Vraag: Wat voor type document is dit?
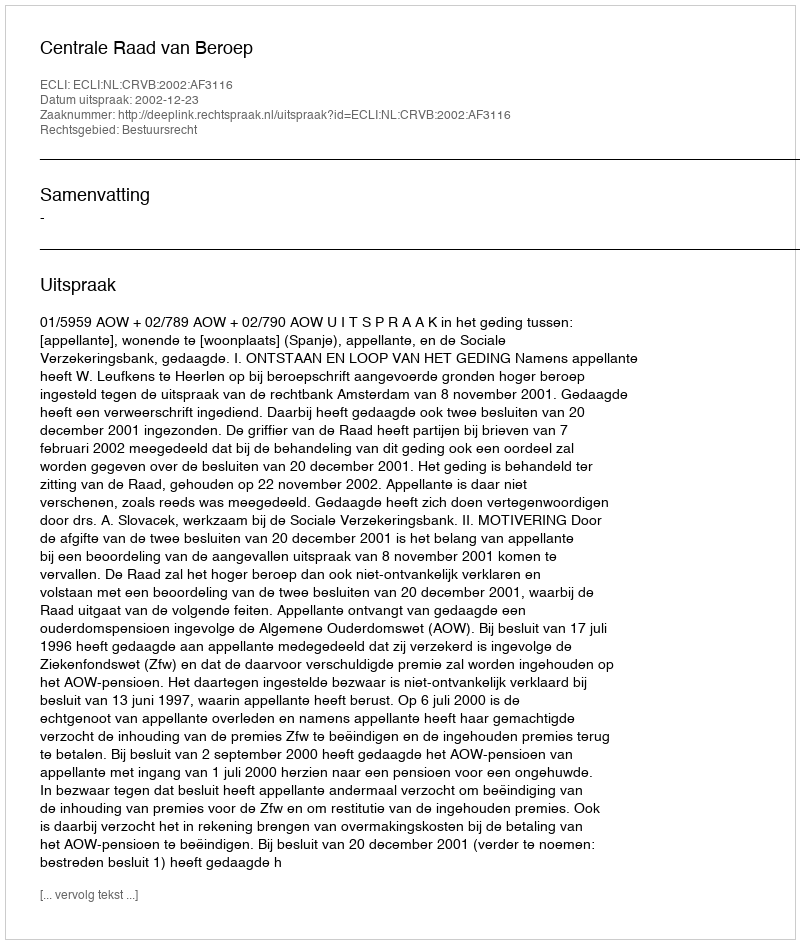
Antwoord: Uitspraak